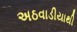
અઠવાડીયાથી